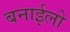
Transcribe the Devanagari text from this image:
बनाईलो